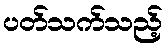
ပတ်သက်သည့်